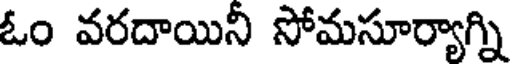
ఓం వరదాయిని సోమసూర్యాగ్ని